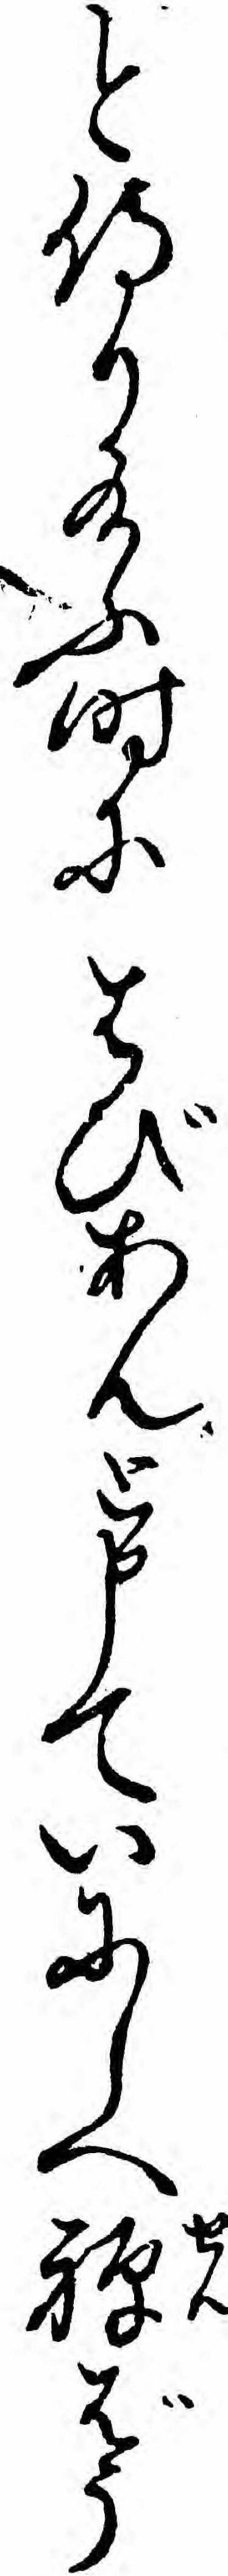
と侍り給ふ時にはびあんと申ていにしへ禅ばう